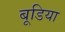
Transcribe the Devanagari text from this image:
बूडिया